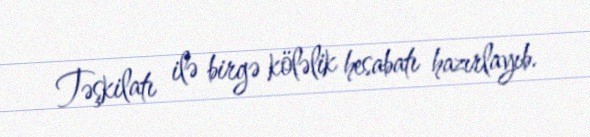
Təşkilatı ilə birgə köləlik hesabatı hazırlayıb.